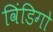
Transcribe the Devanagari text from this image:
विंडिगो